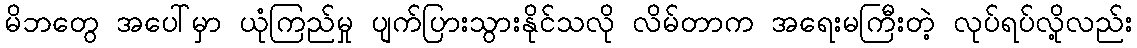
မိဘတွေ အပေါ်မှာ ယုံကြည်မှု ပျက်ပြားသွားနိုင်သလို လိမ်တာက အရေးမကြီးတဲ့ လုပ်ရပ်လို့လည်း